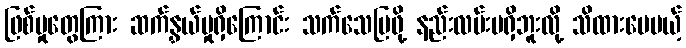
ဖြစ်မှုတွေကြား ဆက်နွှယ်မှုရှိကြောင်း သက်သေပြဖို့ နည်းလမ်းမရှိဘူးလို့ သိထားပေမယ့်